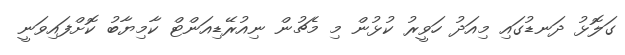
ގަލޮޅު ދަނޑުގައި މިއަދު ހަވީރު ކުޅުން މި މެޗުން ނިއުރޭޑިއަންޓް ކާމިޔާބު ކޮށްފައިވަނީ